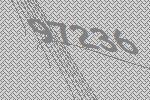
97236